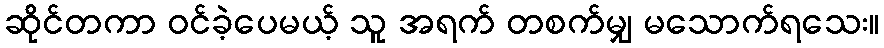
ဆိုင်တကာ ဝင်ခဲ့ပေမယ့် သူ အရက် တစက်မျှ မသောက်ရသေး။